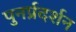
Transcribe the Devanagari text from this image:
पुनर्प्रदर्शन